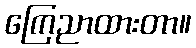
ကြေညာထားတာ။